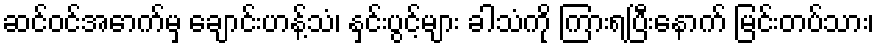
ဆင်ဝင်အောက်မှ ချောင်းဟန့်သံ၊ နှင်းပွင့်များ ခါသံကို ကြားရပြီးနောက် မြင်းတပ်သား၊